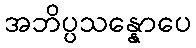
အဘိပ္ပသန္နောပေ